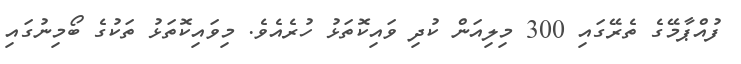
ފުއްޕާމޭގެ ތެރޭގައި 300 މިލިއަން ކުދި ވައިކޮތަޅު ހުރެއެވެ. މިވައިކޮތަޅު ތަކުގެ ބޯމިނުގައި